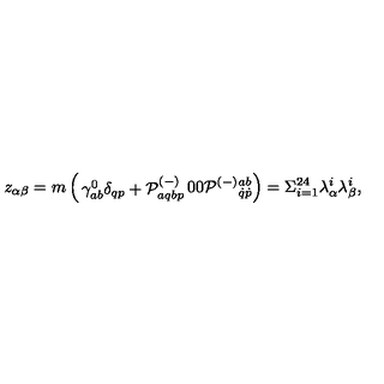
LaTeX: z _ { \alpha \beta } = m \left( \begin{matrix} { \gamma _ { a b } ^ { 0 } \delta _ { q p } + { \cal P } _ { a q b p } ^ { ( - ) } } & { 0 } \\ { 0 } & { { \cal P } ^ { ( - ) } { } _ { \dot { q } \dot { p } } ^ { a b } } \\ \end{matrix} \right) = \Sigma _ { i = 1 } ^ { 2 4 } \lambda _ { \alpha } ^ { i } \lambda _ { \beta } ^ { i } ,